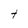
Character: t